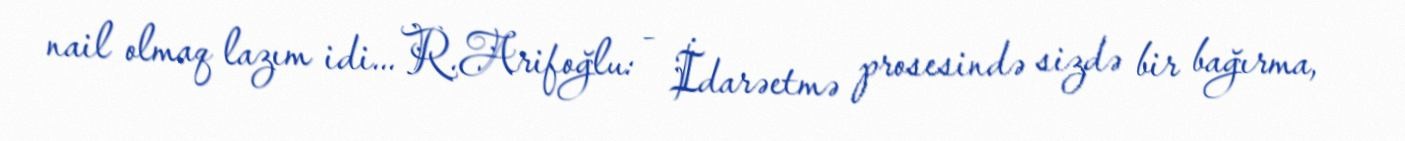
nail olmaq lazım idi... R.Arifoğlu: - İdarəetmə prosesində sizdə bir bağırma,